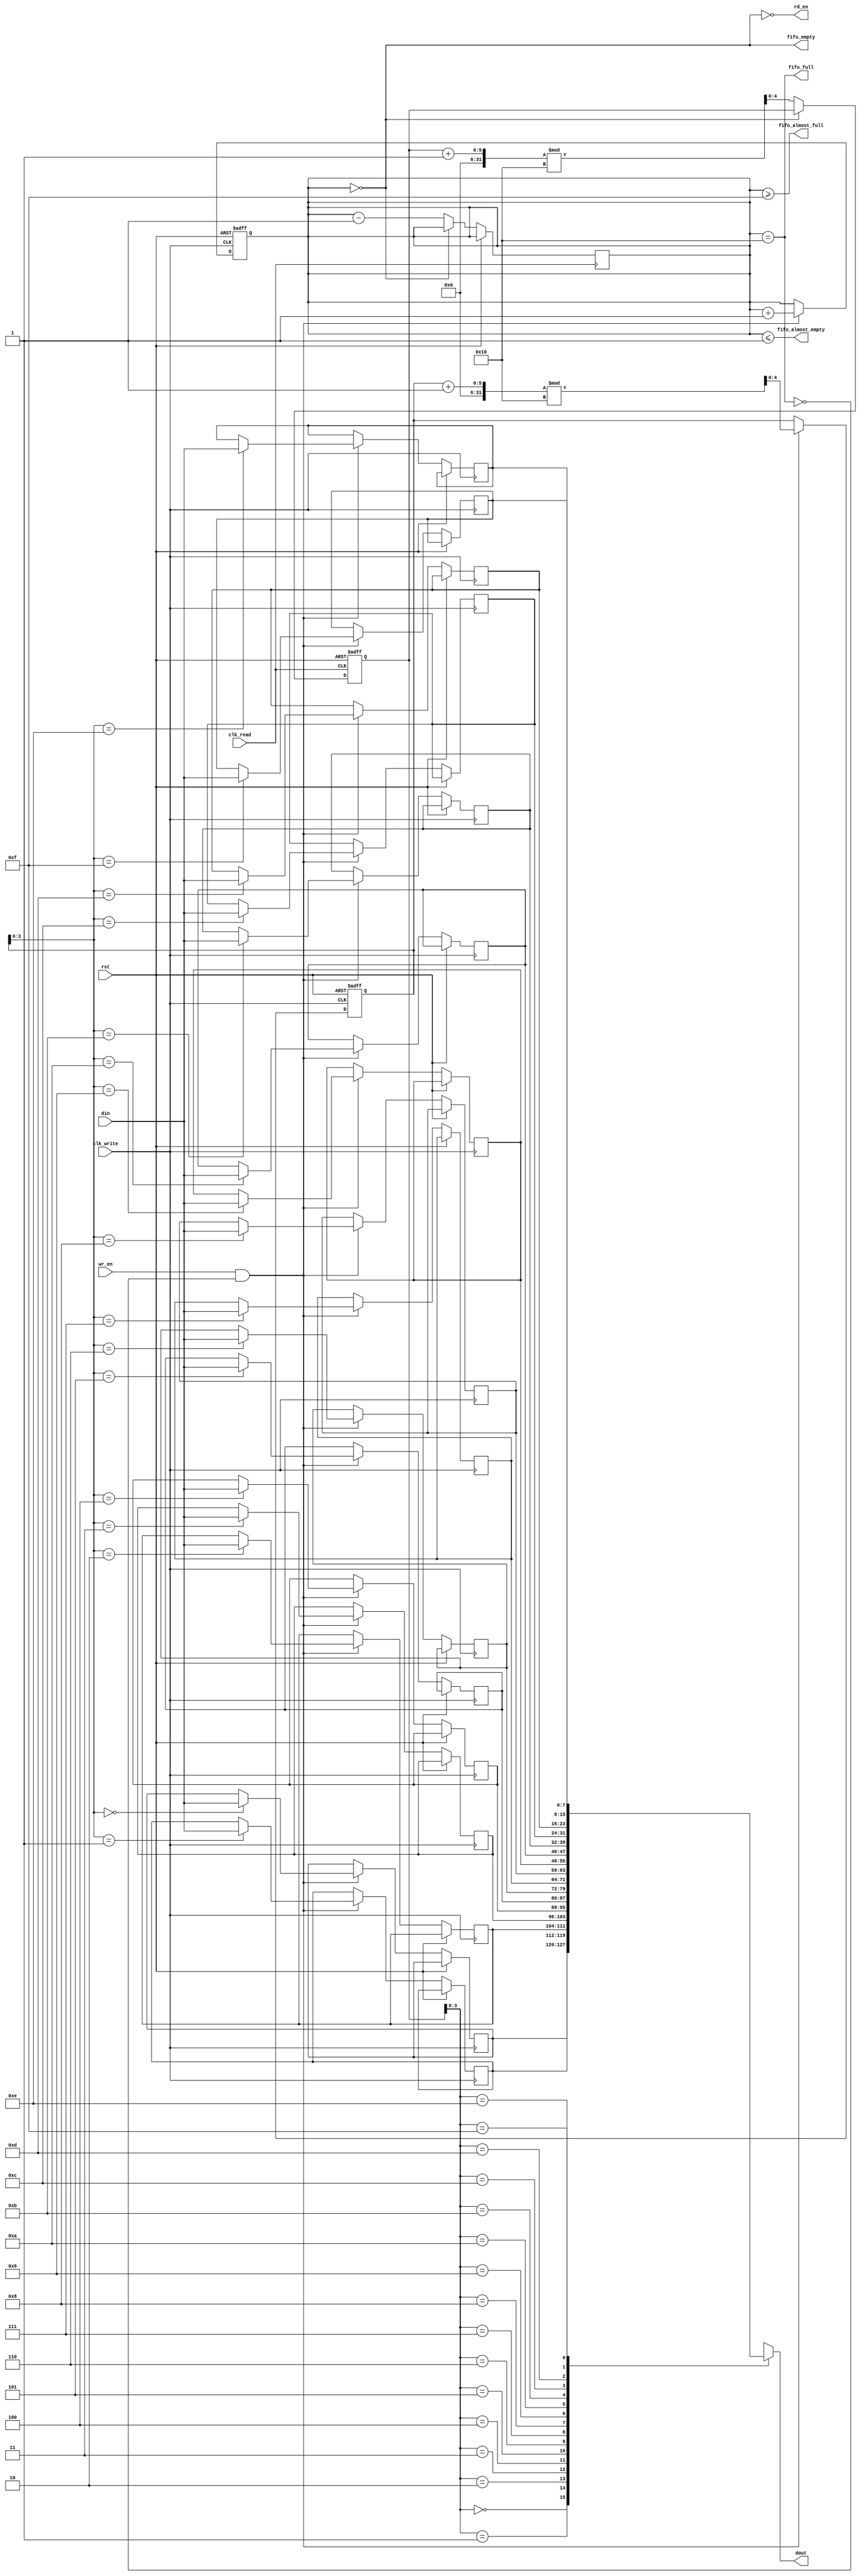
module fifo_synchronizer #(
    parameter DATA_WIDTH = 8,
    parameter FIFO_DEPTH = 16
)(
    input wire clk_write,         // Clock for write domain
    input wire clk_read,          // Clock for read domain
    input wire rst,               // Global reset
    input wire wr_en,             // Write enable signal
    input wire [DATA_WIDTH-1:0] din,  // Data input
    output wire rd_en,            // Read enable signal
    output wire [DATA_WIDTH-1:0] dout, // Data output
    output wire fifo_full,        // FIFO full flag
    output wire fifo_empty,       // FIFO empty flag
    output wire fifo_almost_full, // FIFO almost full flag
    output wire fifo_almost_empty  // FIFO almost empty flag
);

    // FIFO memory
    reg [DATA_WIDTH-1:0] fifo_mem [0:FIFO_DEPTH-1];
    reg [4:0] wr_ptr = 0; // Write pointer
    reg [4:0] rd_ptr = 0; // Read pointer
    reg [4:0] count = 0;  // Number of items in FIFO

    // Write control logic
    assign fifo_full = (count == FIFO_DEPTH);
    assign fifo_almost_full = (count >= FIFO_DEPTH - 1);
    
    always @(posedge clk_write or posedge rst) begin
        if (rst) begin
            wr_ptr <= 0;
            count <= 0;
        end else if (wr_en && !fifo_full) begin
            fifo_mem[wr_ptr] <= din;
            wr_ptr <= (wr_ptr + 1) % FIFO_DEPTH;
            count <= count + 1;
        end
    end

    // Read control logic
    assign fifo_empty = (count == 0);
    assign fifo_almost_empty = (count <= 1);
    
    always @(posedge clk_read or posedge rst) begin
        if (rst) begin
            rd_ptr <= 0;
        end else if (rd_en && !fifo_empty) begin
            rd_ptr <= (rd_ptr + 1) % FIFO_DEPTH;
            count <= count - 1;
        end
    end

    // Output data
    assign dout = fifo_mem[rd_ptr];

    // Read enable logic
    assign rd_en = !fifo_empty;

    // CDC Logic for status signals
    reg wr_en_sync1, wr_en_sync2;
    always @(posedge clk_read or posedge rst) begin
        if (rst) begin
            wr_en_sync1 <= 0;
            wr_en_sync2 <= 0;
        end else begin
            wr_en_sync1 <= wr_en;
            wr_en_sync2 <= wr_en_sync1;
        end
    end

    // Additional CDC for other status signals can be added as needed.

endmodule